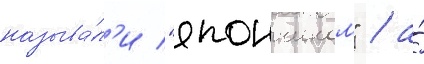
называ́л'и "япончиком" / а́